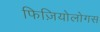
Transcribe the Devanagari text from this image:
फिज़ियोलोगस